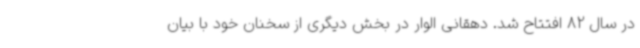
در سال 82 افتتاح شد. دهقانی الوار در بخش دیگری از سخنان خود با بیان